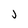
Character: j